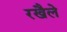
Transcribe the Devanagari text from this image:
रखैले